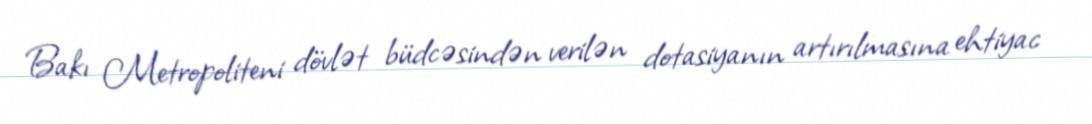
Bakı Metropoliteni dövlət büdcəsindən verilən dotasiyanın artırılmasına ehtiyac